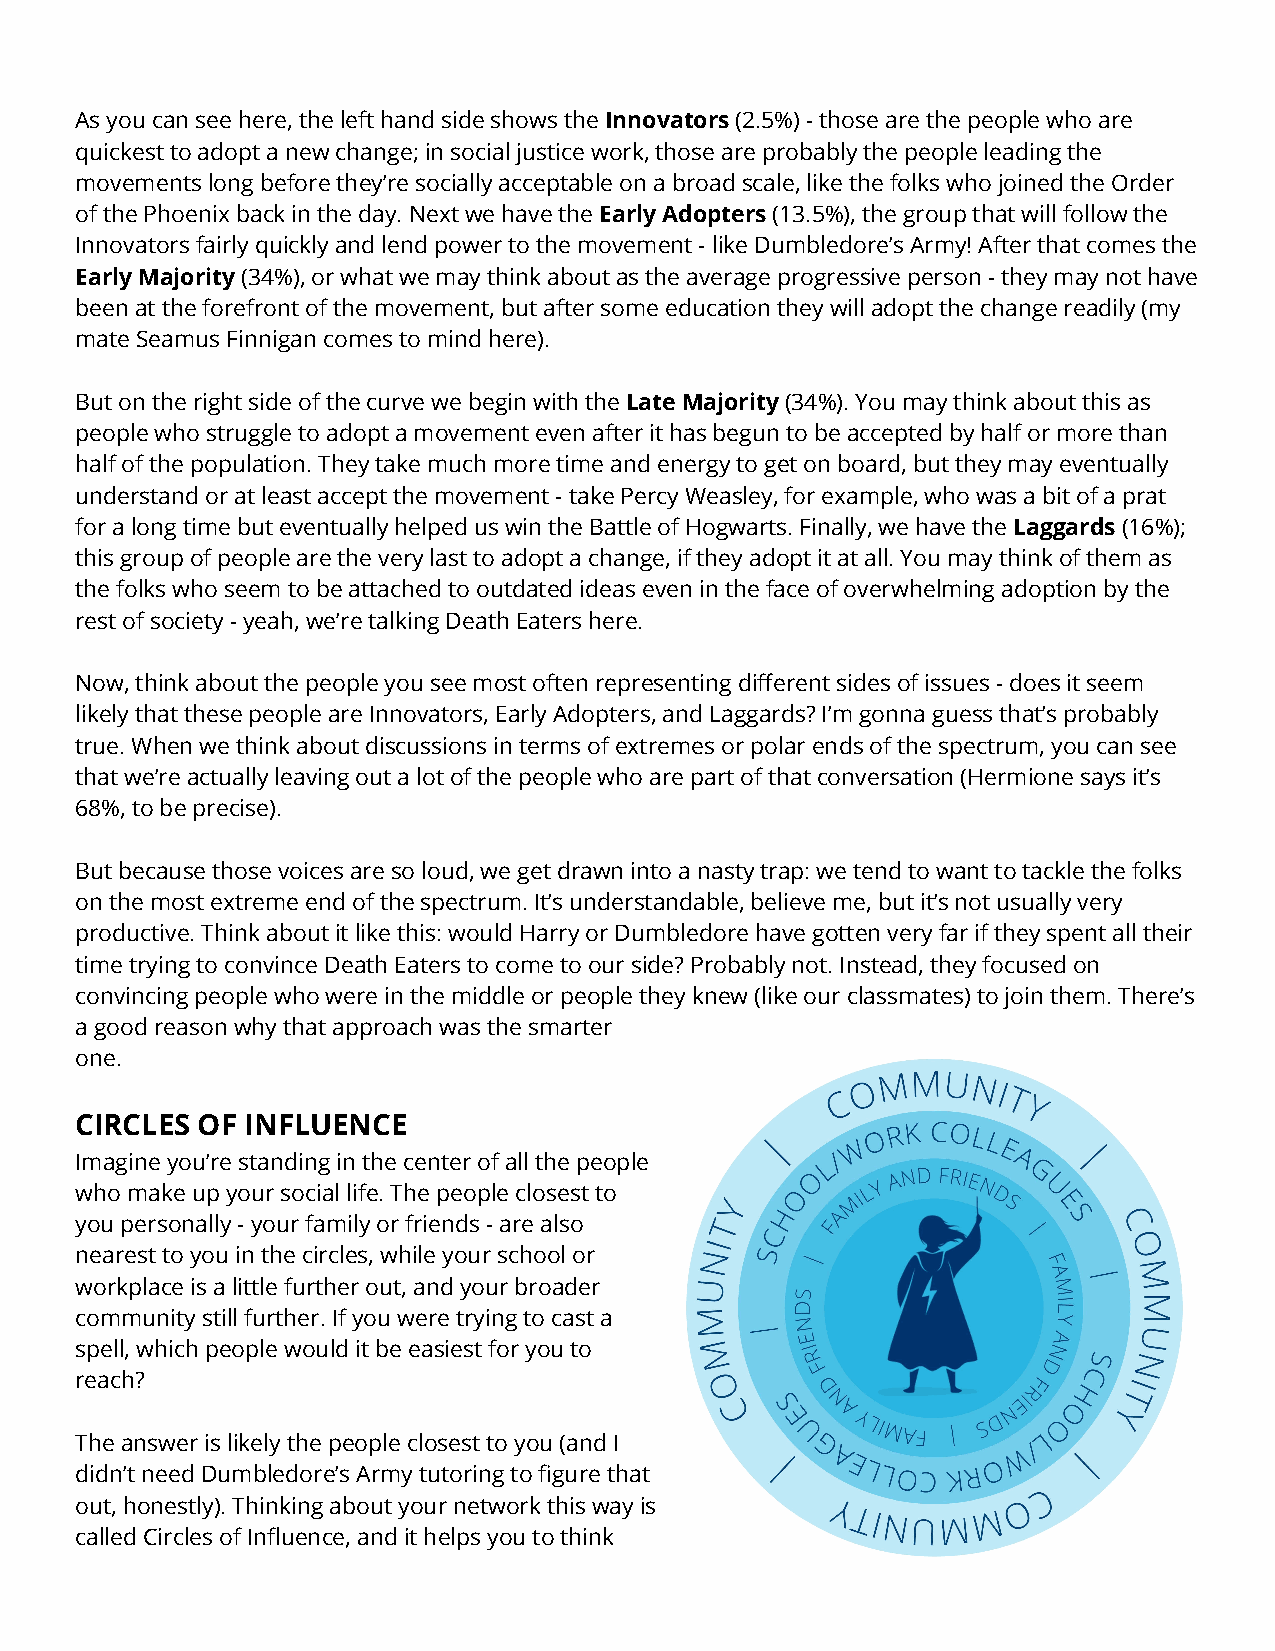
As you can see here, the left hand side shows theInnovators(2.5%)- those are the people who are
 quickest to adopt a new change; in social justicework, those are probably the people leading the
 movements long before they’re socially acceptableon a broad scale, like the folks who joined the Order
 of the Phoenix back in the day. Next we have theEarlyAdopters(13.5%), the group that will follow the
 Innovators fairly quickly and lend power to the movement- like Dumbledore’s Army! After that comes the
 Early Majority(34%), or what we may think about asthe average progressive person - they may not have
 been at the forefront of the movement, but after someeducation they will adopt the change readily (my
 mate Seamus Finnigan comes to mind here).
 But on the right side of the curve we begin with theLate Majority(34%). You may think about this as
 people who struggle to adopt a movement even afterit has begun to be accepted by half or more than
 half of the population. They take much more time andenergy to get on board, but they may eventually
 understand or at least accept the movement - takePercy Weasley, for example, who was a bit of a prat
 for a long time but eventually helped us win the Battleof Hogwarts. Finally, we have theLaggards(16%);
 this group of people are the very last to adopt achange, if they adopt it at all. You may think ofthem as
 the folks who seem to be attached to outdated ideaseven in the face of overwhelming adoption by the
 rest of society - yeah, we’re talking Death Eatershere.
 Now, think about the people you see most often representingdifferent sides of issues - does it seem
 likely that these people are Innovators, Early Adopters,and Laggards? I’m gonna guess that’s probably
 true. When we think about discussions in terms ofextremes or polar ends of the spectrum, you can see
 that we’re actually leaving out a lot of the peoplewho are part of that conversation (Hermione saysit’s
 68%, to be precise).
 But because those voices are so loud, we get drawninto a nasty trap: we tend to want to tackle thefolks
 on the most extreme end of the spectrum. It’s understandable,believe me, but it’s not usually very
 productive. Think about it like this: would Harryor Dumbledore have gotten very far if they spent alltheir
 time trying to convince Death Eaters to come to ourside? Probably not. Instead, they focused on
 convincing people who were in the middle or peoplethey knew (like our classmates) to join them. There’s
 a good reason why that approach was the smarter
 one.
 CIRCLES OF INFLUENCE
 Imagine you’re standing in the center of all the people
 who make up your social life. The people closest to
 you personally - your family or friends - are also
 nearest to you in the circles, while your school or
 workplace is a little further out, and your broader
 community still further. If you were trying to casta
 spell, which people would it be easiest for you to
 reach?
 The answer is likely the people closest to you (andI
 didn’t need Dumbledore’s Army tutoring to figure that
 out, honestly). Thinking about your network this wayis
 called Circles of Influence, and it helps you to think